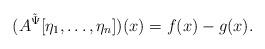
LaTeX: \begin{align*}(A^{\tilde \Psi}[\eta_1,\dots,\eta_n])(x) = f(x) - g(x).\end{align*}